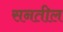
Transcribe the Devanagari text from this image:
सनतील